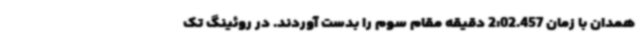
همدان با زمان 2:02.457 دقیقه مقام سوم را بدست آوردند. در روئینگ تک